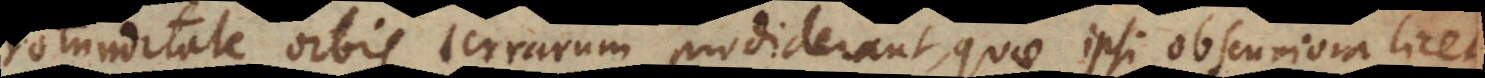
otunditate orbis terrarum prodiderant, quae ipsi obscuriora licet